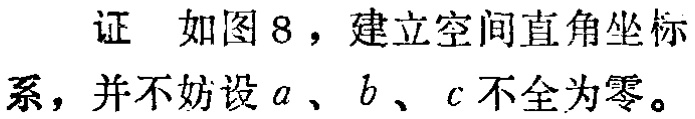
证 如图8，建立空间直角坐标系，并不妨设\(a\)、\(b\)、\(c\)不全为零。